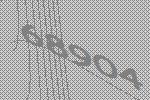
68904